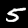
Digit: 5